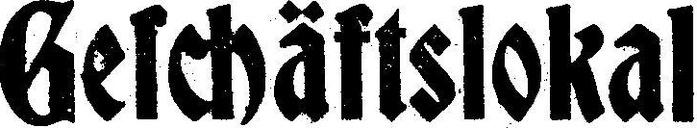
Geschäftslokal